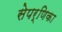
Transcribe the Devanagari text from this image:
सेपर्णिका